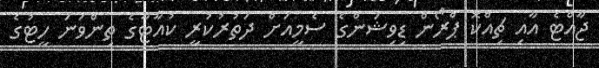
ޖާއްޓެ އާއި ޗިއްކޮ ޕްރޯން ޑިވިޝަންގެ ސެމީއަށް ދަތުރުކުރީ ކުއާޓާގެ ތިންވަނަ ހީޓުގެ